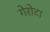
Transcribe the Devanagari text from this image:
गेरोटा